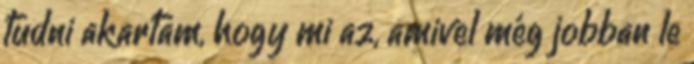
tudni akartam, hogy mi az, amivel még jobban le